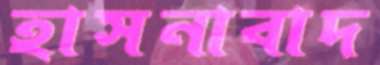
হাসনাবাদ